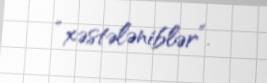
“xəstələniblər”.